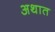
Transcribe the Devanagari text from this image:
अथात